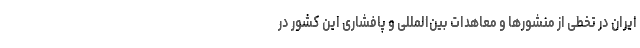
ایران در تخطی از منشورها و معاهدات بین‌المللی و پافشاری این کشور در